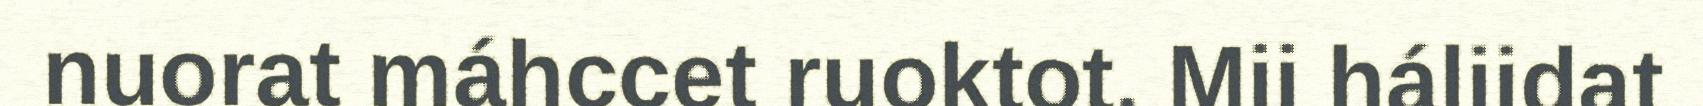
nuorat máhccet ruoktot. Mii háliidat